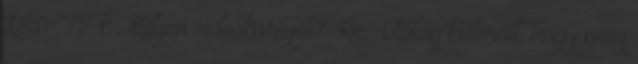
LED TV-k Milyen videókártyát? Re: Utólag kiderült, hogy még